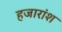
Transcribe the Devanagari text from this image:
हजारांश